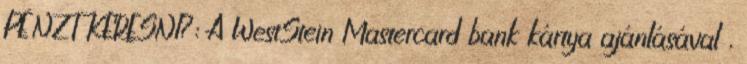
PÉNZT KERESNI?: A WestStein Mastercard bank kártya ajánlásával ,